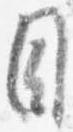
目